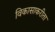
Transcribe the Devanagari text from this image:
विकासाकरीता